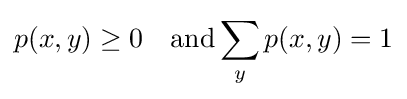
p(x,y)\geq 0\quad {\text{and}}\sum _{y}p(x,y)=1